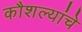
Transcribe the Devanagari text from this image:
कौशल्यांचे